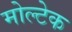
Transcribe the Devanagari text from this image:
मोल्टेक